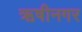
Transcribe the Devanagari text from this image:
ऋषीनगर